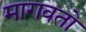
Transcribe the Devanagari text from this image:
मागवतो